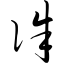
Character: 侏